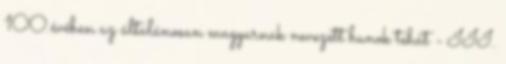
100.évében az általánosan magyarnak nevezett hunok tehát - III.